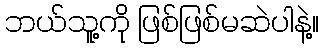
ဘယ်သူ့ကို ဖြစ်ဖြစ်မဆဲပါနဲ့။